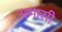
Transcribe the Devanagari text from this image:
अभासी